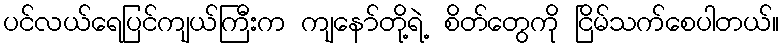
ပင်လယ်ရေပြင်ကျယ်ကြီးက ကျနော်တို့ရဲ့ စိတ်တွေကို ငြိမ်သက်စေပါတယ်။